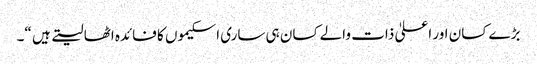
بڑے کسان اور اعلیٰ ذات والے کسان ہی ساری اسکیموں کا فائدہ اٹھا لیتے ہیں “۔